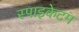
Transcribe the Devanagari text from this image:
स्पाइकेटम